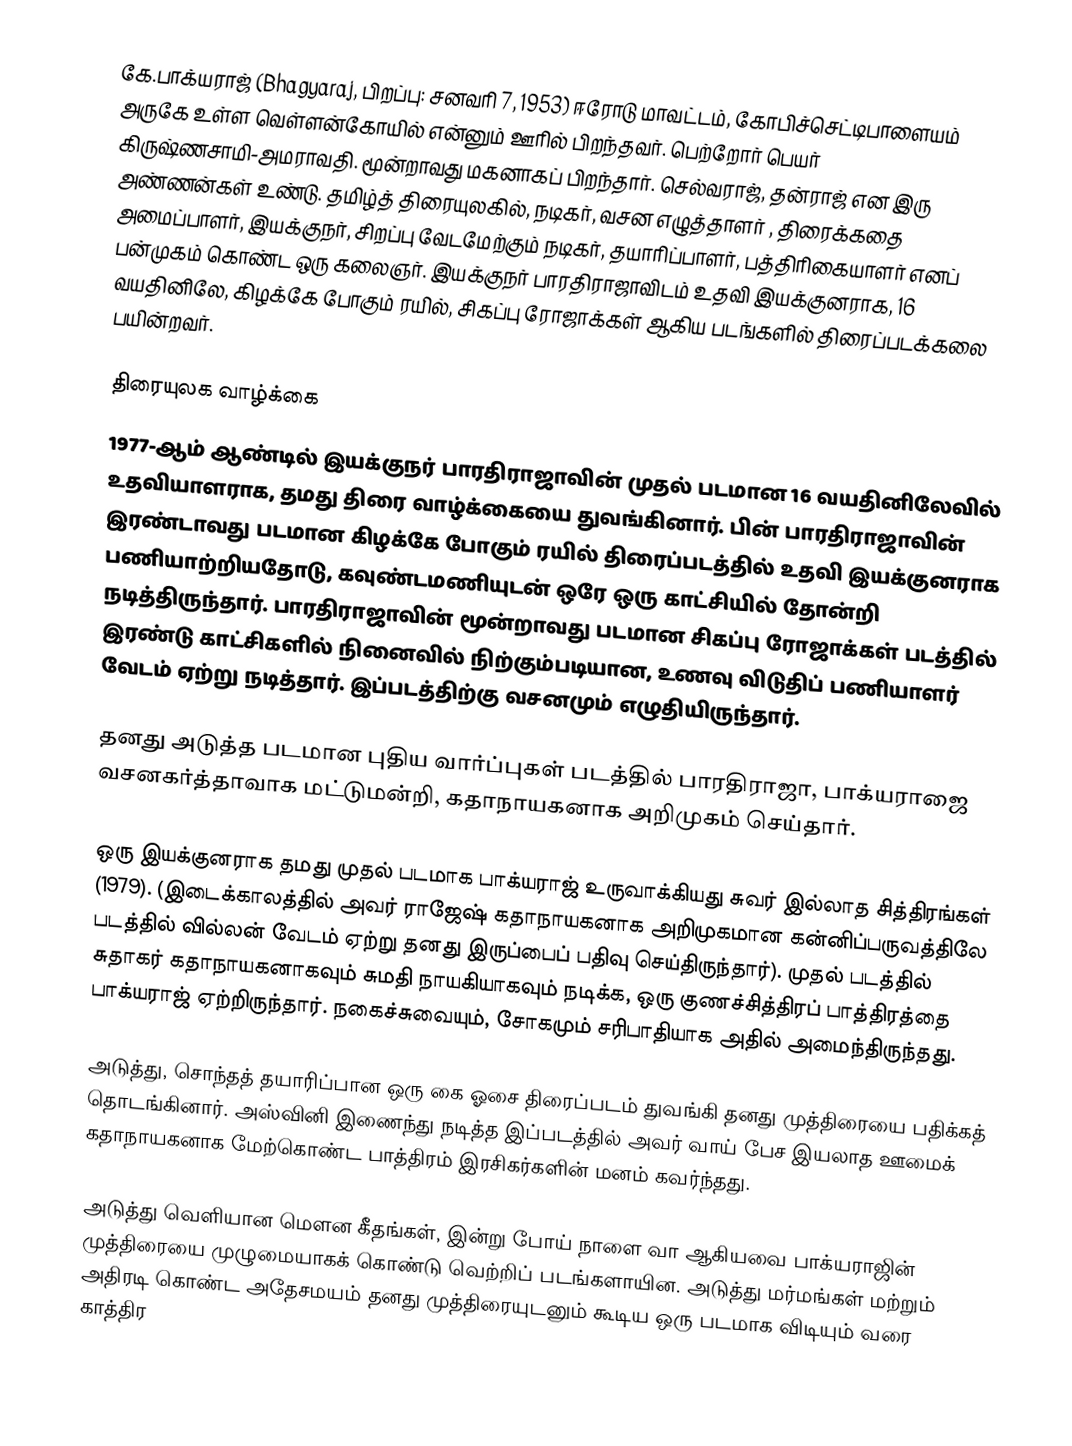
கே.பாக்யராஜ் (Bhagyaraj, பிறப்பு: சனவரி 7, 1953) ஈரோடு மாவட்டம், கோபிச்செட்டிபாளையம் அருகே உள்ள வெள்ளன்கோயில் என்னும் ஊரில் பிறந்தவர். பெற்றோர் பெயர் கிருஷ்ணசாமி-அமராவதி.   மூன்றாவது மகனாகப் பிறந்தார். செல்வராஜ், தன்ராஜ் என இரு அண்ணன்கள் உண்டு. தமிழ்த் திரையுலகில், நடிகர், வசன எழுத்தாளர் , திரைக்கதை அமைப்பாளர், இயக்குநர், சிறப்பு வேடமேற்கும் நடிகர், தயாரிப்பாளர்,  பத்திரிகையாளர் எனப் பன்முகம் கொண்ட ஒரு கலைஞர். இயக்குநர் பாரதிராஜாவிடம் உதவி இயக்குனராக, 16 வயதினிலே, கிழக்கே போகும் ரயில், சிகப்பு ரோஜாக்கள் ஆகிய படங்களில் திரைப்படக்கலை பயின்றவர்.

திரையுலக வாழ்க்கை
1977-ஆம் ஆண்டில் இயக்குநர் பாரதிராஜாவின் முதல் படமான 16 வயதினிலேவில் உதவியாளராக, தமது திரை வாழ்க்கையை துவங்கினார். பின் பாரதிராஜாவின் இரண்டாவது படமான கிழக்கே போகும் ரயில் திரைப்படத்தில் உதவி இயக்குனராக பணியாற்றியதோடு, கவுண்டமணியுடன் ஒரே ஒரு காட்சியில் தோன்றி நடித்திருந்தார். பாரதிராஜாவின் மூன்றாவது படமான சிகப்பு ரோஜாக்கள் படத்தில் இரண்டு காட்சிகளில் நினைவில் நிற்கும்படியான, உணவு விடுதிப் பணியாளர் வேடம் ஏற்று நடித்தார். இப்படத்திற்கு வசனமும் எழுதியிருந்தார்.

தனது அடுத்த படமான புதிய வார்ப்புகள் படத்தில் பாரதிராஜா, பாக்யராஜை வசனகர்த்தாவாக மட்டுமன்றி, கதாநாயகனாக அறிமுகம் செய்தார்.

ஒரு இயக்குனராக தமது முதல் படமாக பாக்யராஜ் உருவாக்கியது சுவர் இல்லாத சித்திரங்கள் (1979). (இடைக்காலத்தில் அவர் ராஜேஷ் கதாநாயகனாக அறிமுகமான கன்னிப்பருவத்திலே படத்தில் வில்லன் வேடம் ஏற்று தனது இருப்பைப் பதிவு செய்திருந்தார்). முதல் படத்தில் சுதாகர் கதாநாயகனாகவும் சுமதி நாயகியாகவும் நடிக்க, ஒரு குணச்சித்திரப் பாத்திரத்தை பாக்யராஜ் ஏற்றிருந்தார். நகைச்சுவையும், சோகமும் சரிபாதியாக அதில் அமைந்திருந்தது.

அடுத்து, சொந்தத் தயாரிப்பான ஒரு கை ஓசை திரைப்படம் துவங்கி தனது முத்திரையை பதிக்கத் தொடங்கினார். அஸ்வினி இணைந்து நடித்த இப்படத்தில் அவர் வாய் பேச இயலாத ஊமைக் கதாநாயகனாக மேற்கொண்ட பாத்திரம் இரசிகர்களின் மனம் கவர்ந்தது.

அடுத்து வெளியான மௌன கீதங்கள், இன்று போய் நாளை வா ஆகியவை பாக்யராஜின் முத்திரையை முழுமையாகக் கொண்டு வெற்றிப் படங்களாயின. அடுத்து மர்மங்கள் மற்றும் அதிரடி கொண்ட அதேசமயம் தனது முத்திரையுடனும் கூடிய ஒரு படமாக விடியும் வரை காத்திர